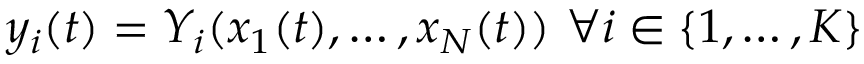
y _ { i } ( t ) = Y _ { i } ( x _ { 1 } ( t ) , \ldots , x _ { N } ( t ) ) { \mathrm { ~ } } \forall i \in \{ 1 , \ldots , K \}